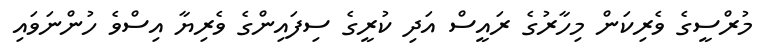
މުރްސީގެ ވެރިކަން މިހާރުގެ ރައީސް އަދި ކުރީގެ ސިފައިންގެ ވެރިޔާ އިސްވެ ހުންނަވައި